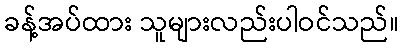
ခန့်အပ်ထား သူများလည်းပါဝင်သည်။